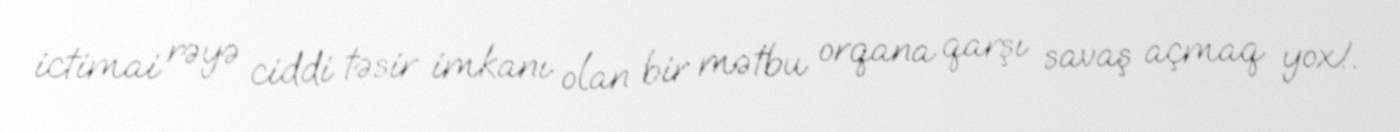
ictimai rəyə ciddi təsir imkanı olan bir mətbu orqana qarşı savaş açmaq yox!.